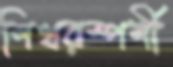
শিখরস্পর্শী